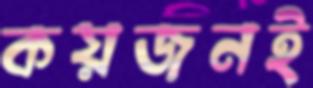
কয়জনই